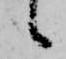
候